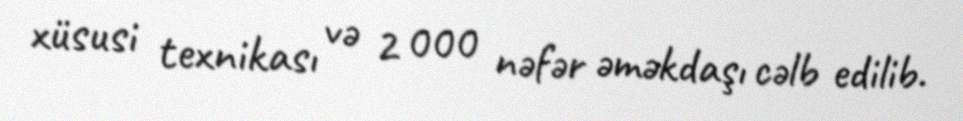
xüsusi texnikası və 2 000 nəfər əməkdaşı cəlb edilib.